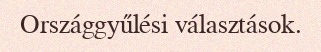
Országgyűlési választások.